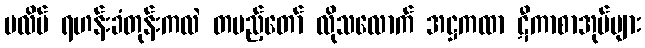
ပလိပ် ရဟန်းခံတုန်းကလဲ တပည့်တော် လိုသလောက် အဋ္ဌကထာ ဋီကာစာအုပ်များ